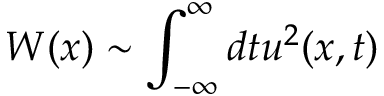
W ( x ) \sim \int _ { - \infty } ^ { \infty } d t u ^ { 2 } ( x , t )